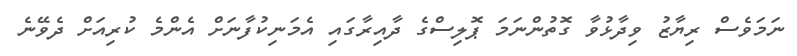
ނަމަވެސް ރިޔާޒު ވިދާޅުވާ ގޮތުންނަމަ ޕޮލިސްގެ ދާއިރާގައި އެމަނިކުފާނަށް އެންމެ ކުރިއަށް ދެވޭނެ